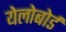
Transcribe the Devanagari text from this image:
येलोबोर्ड